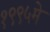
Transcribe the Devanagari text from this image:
१९९५मे